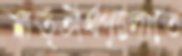
মাতৃতীর্থগুলোতে